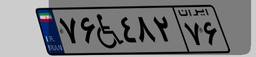
۶۹W۰۳۴۸۶